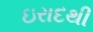
ઇરાદથી